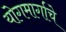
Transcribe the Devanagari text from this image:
योगमार्गाचे